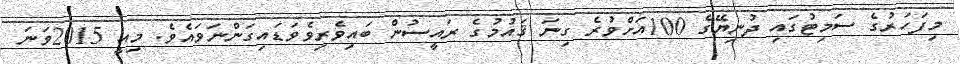
މިފަހަރުގެ ސަމިޓުގައި ދުނިޔޭގެ 100އަށްވުރެ ގިނަ ޤައުމުގެ ރައީސުން ބައިވެރިވެވަޑައިގަންނަވައެވެ. މިއީ 2015ވަނަ